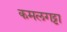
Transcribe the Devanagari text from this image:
कमलगट्टा